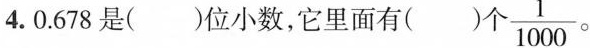
4. 0.678是( )位小数，它里面有( )个\frac{1}{1000}。